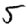
Digit: 5